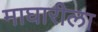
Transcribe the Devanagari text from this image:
माघारीला